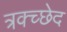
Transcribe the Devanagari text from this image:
त्रक्च्छेद